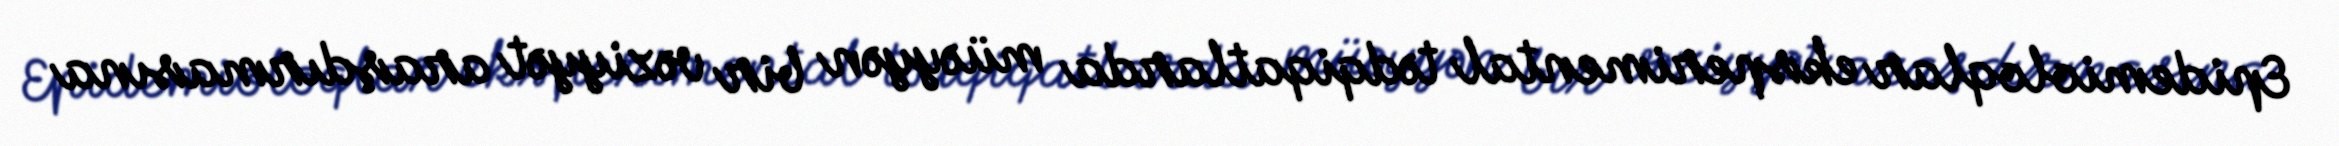
Epidemioloqlar eksperimental tədqiqatlarda müəyyən bir vəziyyət araşdırmasına